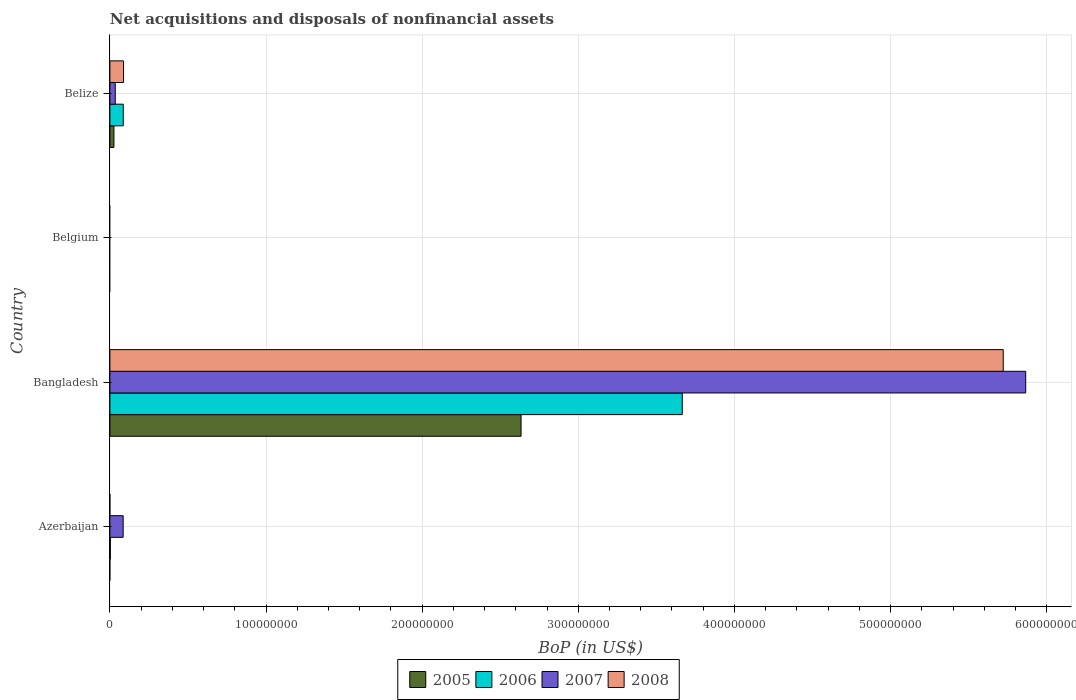
| Country | 2005 | 2006 | 2007 | 2008 |
 | --- | --- | --- | --- | --- |
 | Azerbaijan | -8.3e+04 | 2.85e+05 | 8.49e+06 | -4.6e+04 |
 | Bangladesh | 2.63e+08 | 3.67e+08 | 5.87e+08 | 5.72e+08 |
 | Belgium | -9.22e+08 | -4.91e+08 | -1.88e+09 | -2.74e+09 |
 | Belize | 2.59e+06 | 8.57e+06 | 3.45e+06 | 8.73e+06 |